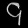
Digit: ၄